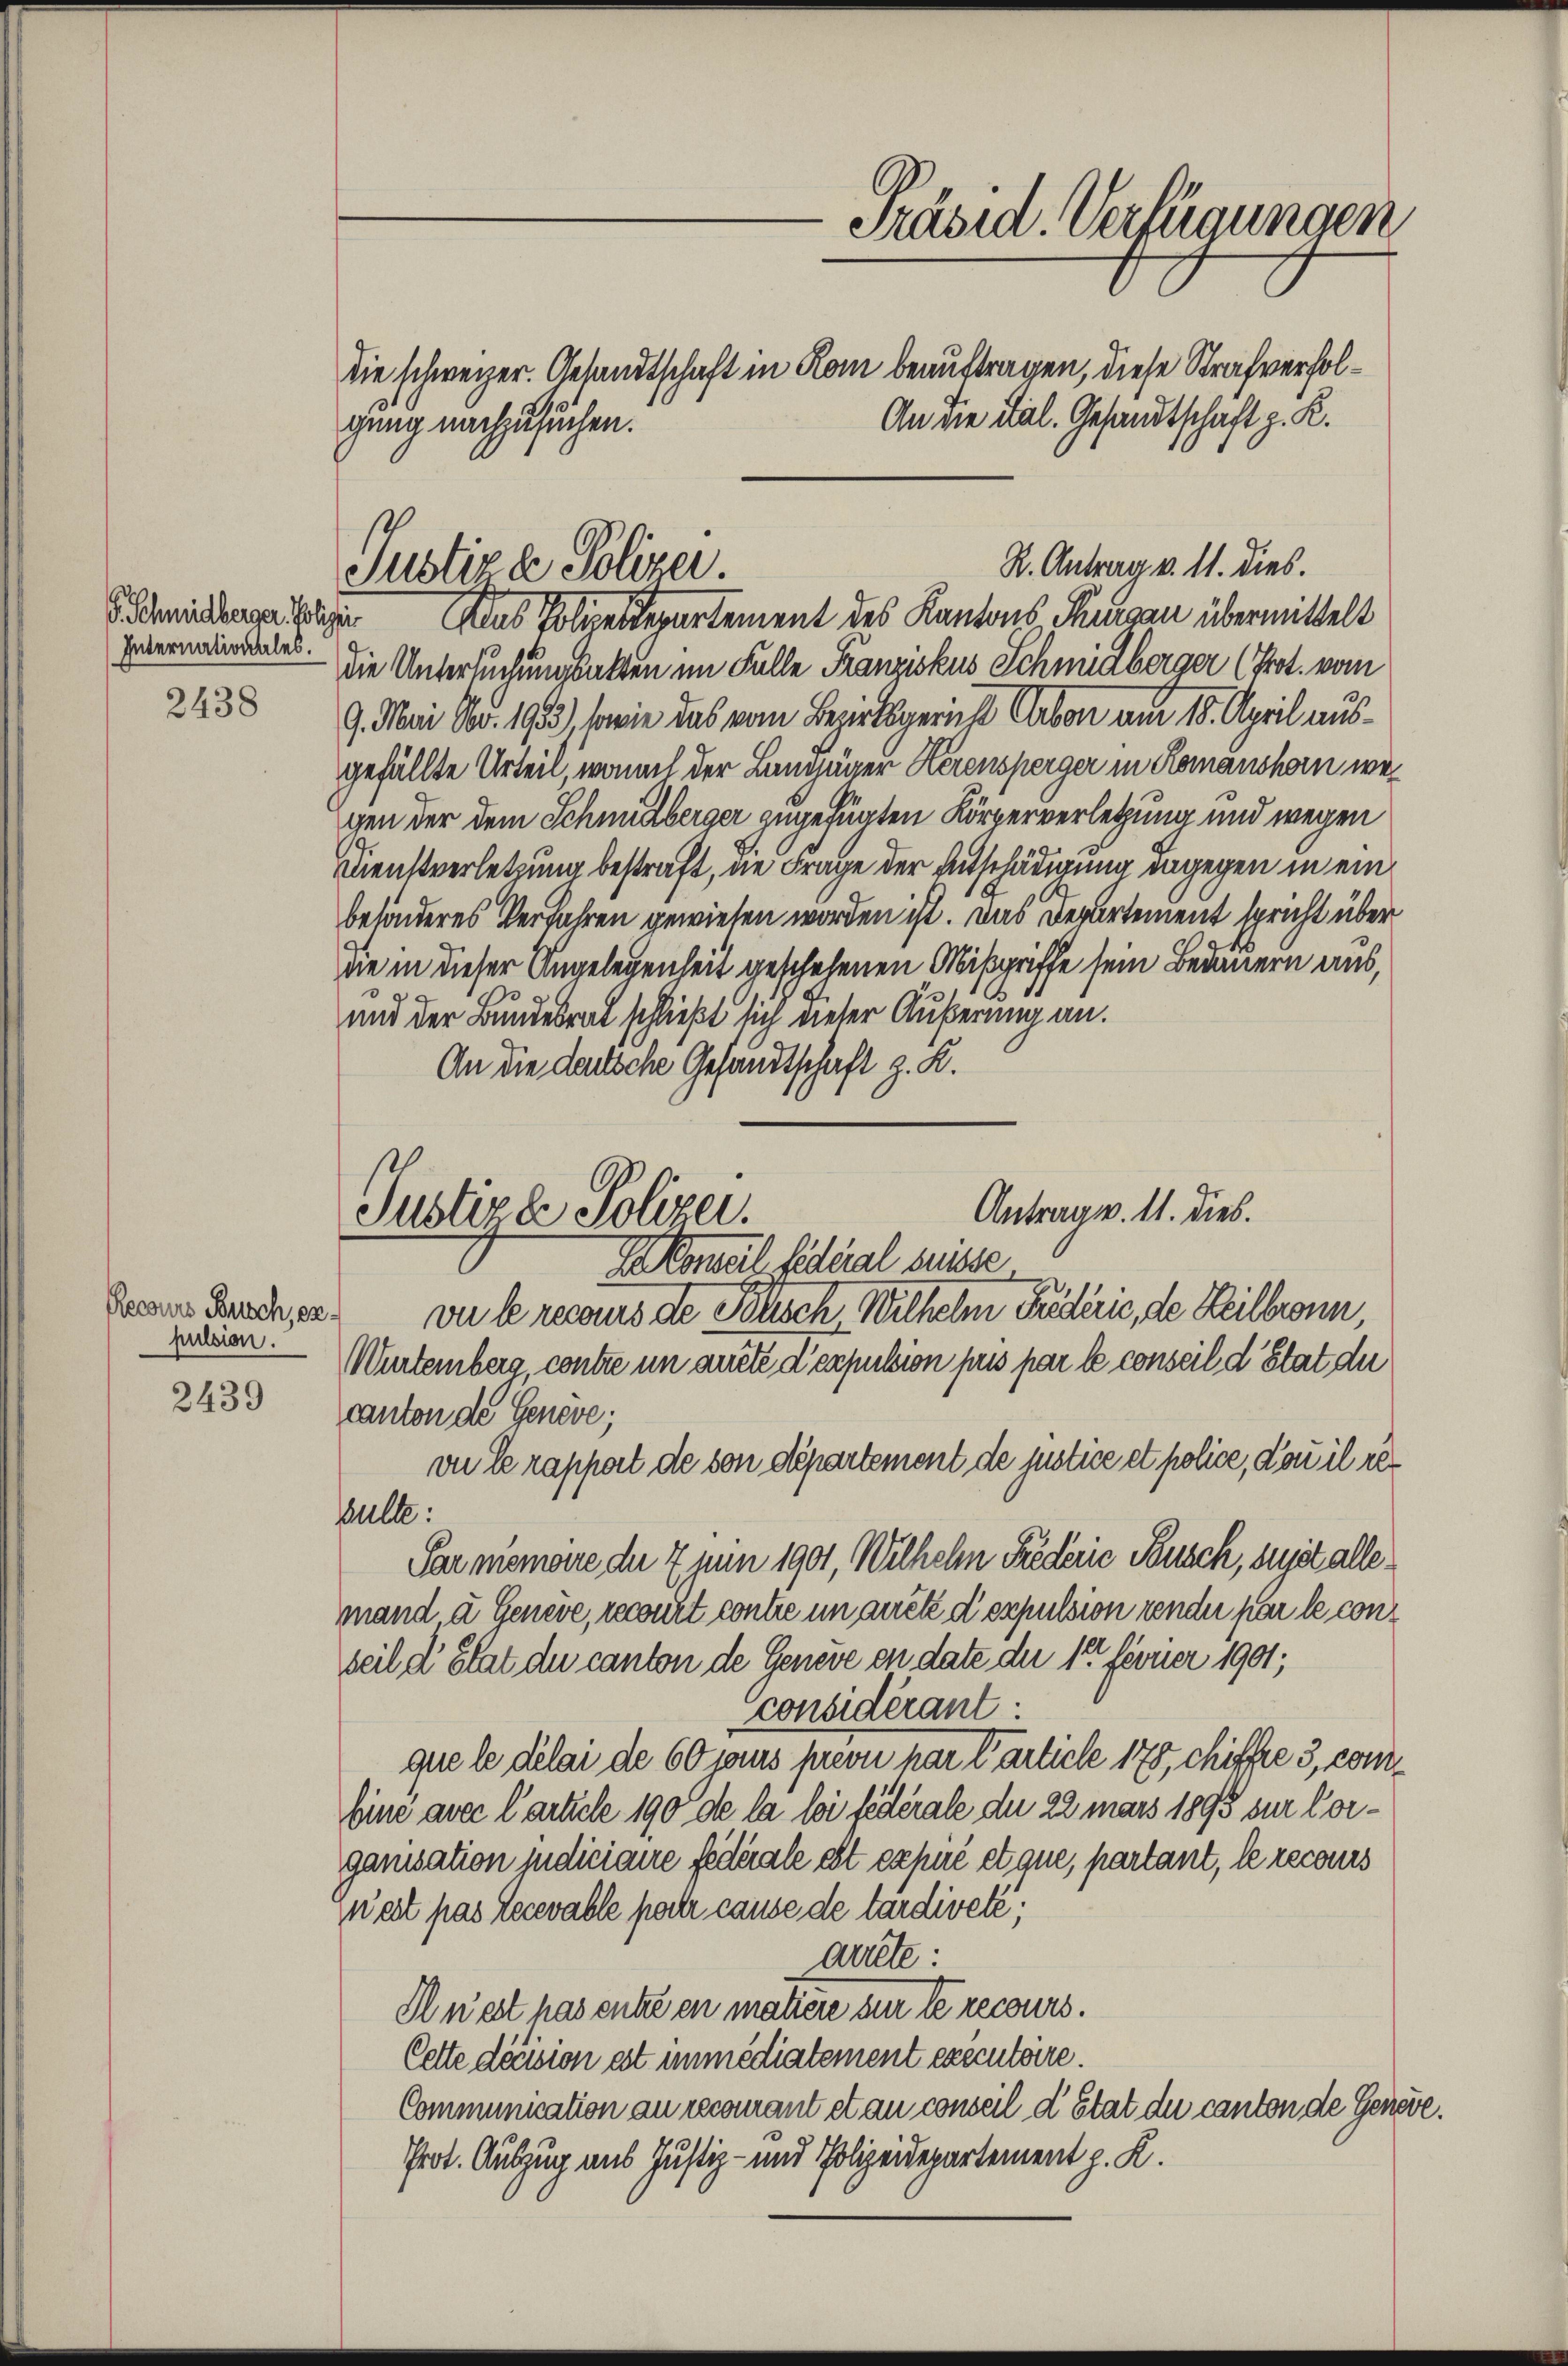
S. Schmidberger Poliz
Internationales.

2438

Recours Busch, er
pulsion.

2439

gung nachzusuchen.

Das Polizeiderartement des Kantons Rungau übermittelt
15
die Untersuchungsalten im Falle Franziskus Schmidberger (Prot. vom
7. Mai Nr. 1933), sowie das vom Bezirksgerich Carbon am 15. April ausgefällte Urteil, wonal der Langener Herensperger in Romanshorn wezen der dem Schmutzberger zugefügten Körperverletzung und wegen
Dienstverletzung bestraft, die Frage der Entschädigung dagegen in einbesönderes Verfahren gewiesen worden ist. Das Departement spricht über
ie in dieser Angelegenheit geschehenen Mißgriffe sein Bedauern aus,
und der Bundesrat schließt sich dieser Äußerung an.
An die darsche Gesandtschaft z. K.
vu le recours de Polisch Wilhelm Federie, de Heilbronn,
Würtemberg, contrie in arrete d’expusion pris par le conseil d’Etat die
canton de Geneve;
on Cerapport de von departement de justice et police, ou il re
bulle:
Parmemoire der 7 Juin 1901, Wilhelm Frederić Pusch, suit alle
nand u Geneve, recourt contre in arrête d’espulsion render par le conseil d’Etat du canton de Geneve in date der 1 ferner 1901;
considérant:
que le délai de 60 sans prevu par Particle 178, chiffe 3, com¬
Eine avec l’article 190 de la loi fédérale du 22 mars 1893 zur Corganisation indiciaire federale est expuré et que, partant, le recours
weit pas Lecevable pater cause de tardiveté;
artete:
Ausst has entze en matiere sur le recours
Cette décision est immediatement executoire.
Communication an recourant et au conseil d’Etat de canton de Genere.
Prot. Auszug aus Justiz- und Polizeidepartement z. K.

Präsid. Verfügungen
die schweizer. Gesandtschaft in Rom beauftragen, diese Strafverhol¬
An die Dal. Gesandtschaft z. K.

R. Antrag v. 11. dies.
Justiza Polizei.

Justizde Polizei.
Da Conseil fideal suisse

Antrag v. 11. dies.